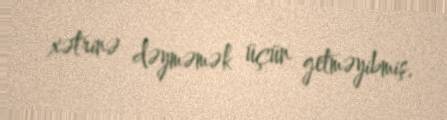
xətrinə dəyməmək üçün getməyibmiş.